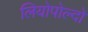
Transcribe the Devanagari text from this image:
लियोपोल्दो